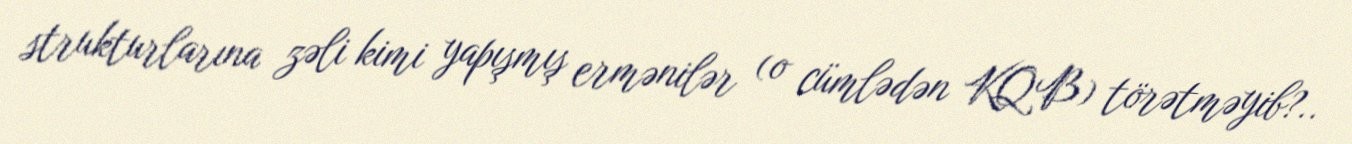
strukturlarına zəli kimi yapışmış ermənilər (o cümlədən KQB) törətməyib?..